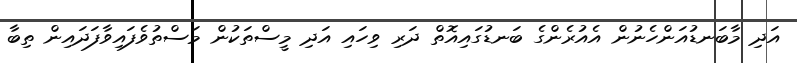
އަދި މާބަނޑުއަންހެނުން އެއުރެންގެ ބަނޑުގައިއޮތް ދަރި ވިހައި އަދި މީސްތަކުން މަސްތުވެފައިވާފަދައިން ތިބާ